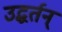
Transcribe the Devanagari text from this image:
उद्धर्तन्